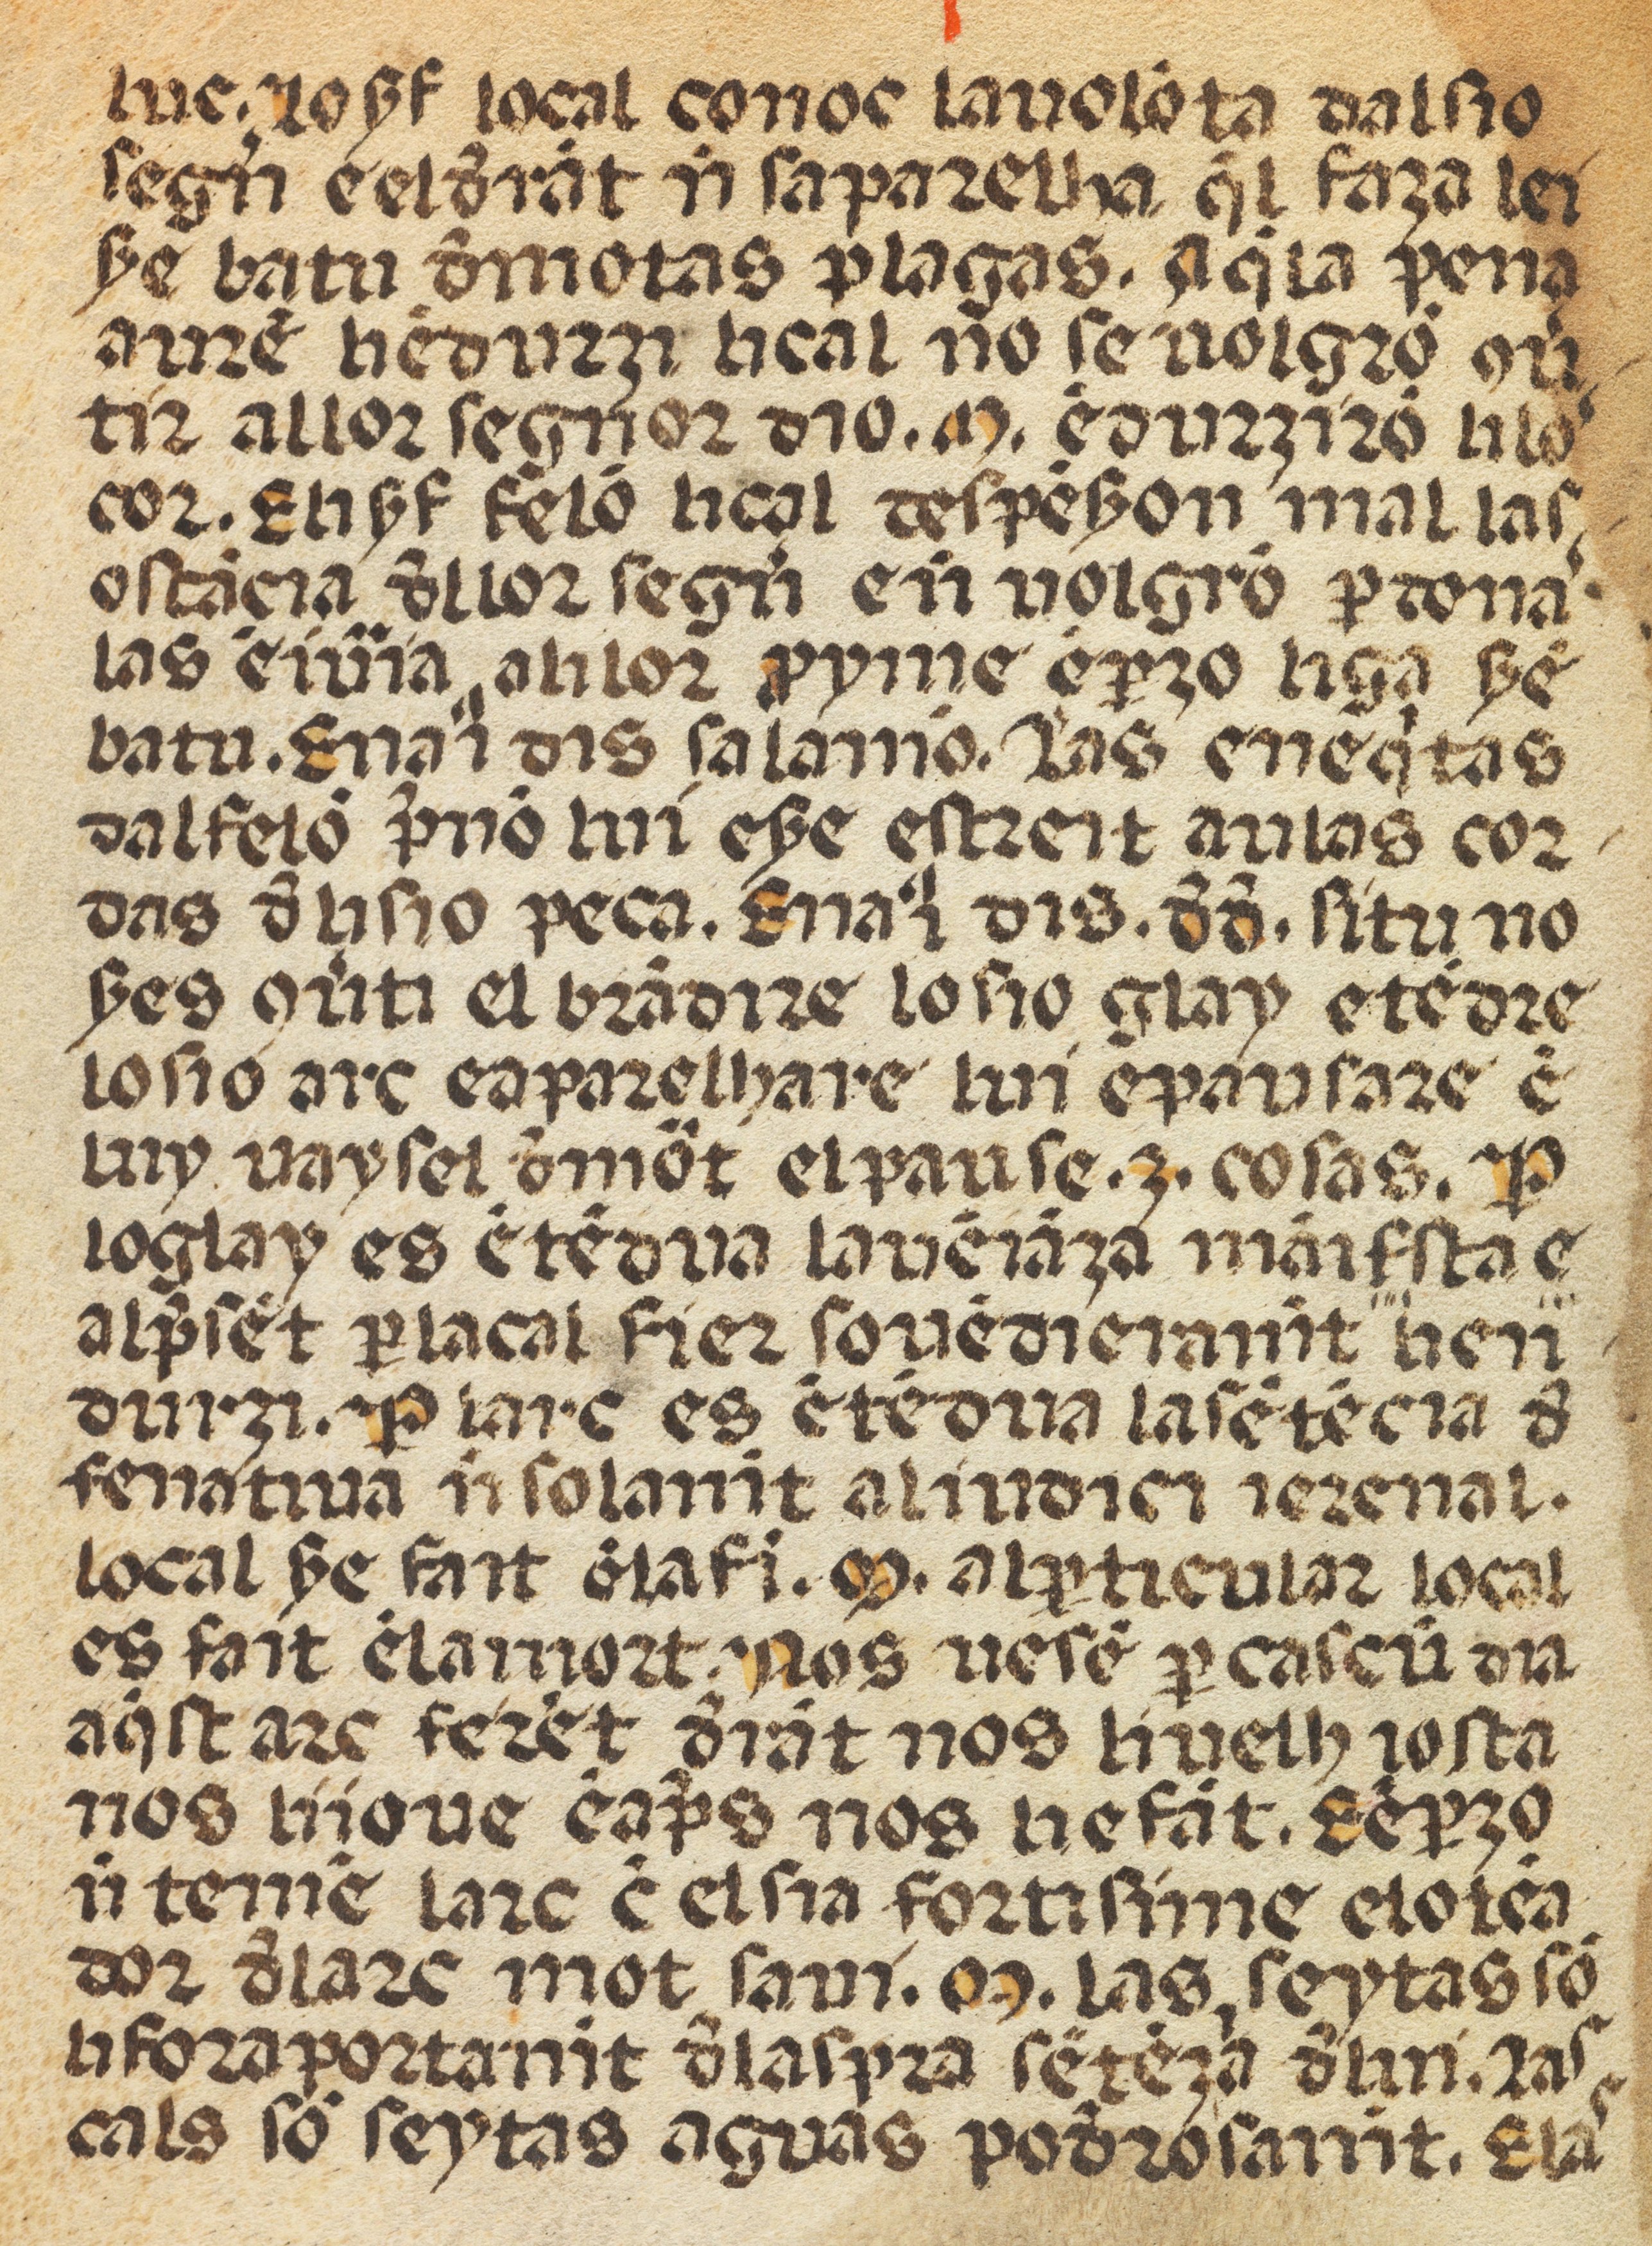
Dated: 1400–1499